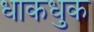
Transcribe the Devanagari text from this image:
धाकधुक